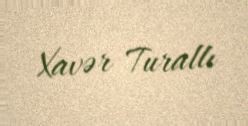
Xavər Turallı